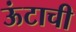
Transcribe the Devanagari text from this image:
ऊंटाची